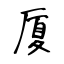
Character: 厦